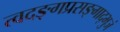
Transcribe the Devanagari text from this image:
त्वदङ्गप्रसङ्गाद्भुजं